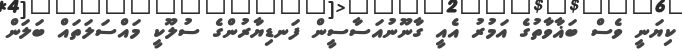
ކިޔަނީ ވެސް ބަޣާވާތުގެ އަމުރު އެއީ ގާނޫނުއަސާސީން ފަނޑިޔާރުންގެ ސުލޫކީ މައްސަލަތައް ބަލަން